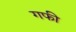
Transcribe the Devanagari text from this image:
गफी